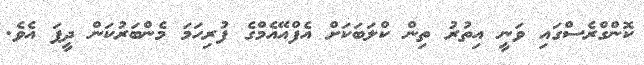
ކޮންގްރެސްގައި ވަނީ އިތުރު ތިން ކްލަބަކަށް އެފްއޭއެމްގެ ފުރިހަމަ މެންބަރުކަން ދީފަ އެވެ.